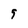
Character: 9